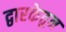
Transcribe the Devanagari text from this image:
द्वारकेतुन